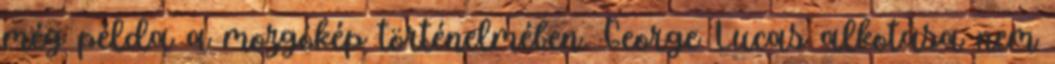
még példa a mozgókép történelmében. George Lucas alkotása nem